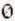
0